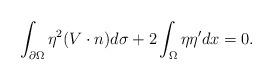
LaTeX: \begin{align*}\int_{\partial\Omega}\eta^2(V\cdot n)d\sigma+2\int_\Omega \eta\eta'dx=0.\end{align*}